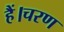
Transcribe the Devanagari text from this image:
हैं।चरण